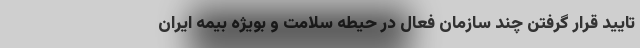
تایید قرار گرفتن چند سازمان فعال در حیطه سلامت و بویژه بیمه ایران